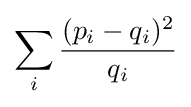
\sum _{i}{\frac {(p_{i}-q_{i})^{2}}{q_{i}}}